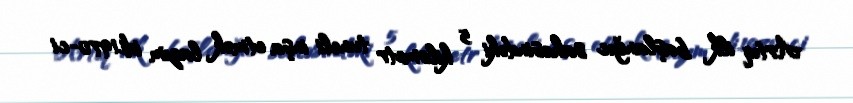
Artıq ilk başlanğıc sahəsindəki 5 kilometr tuneli inşa etmək lazım idi.1970-ci